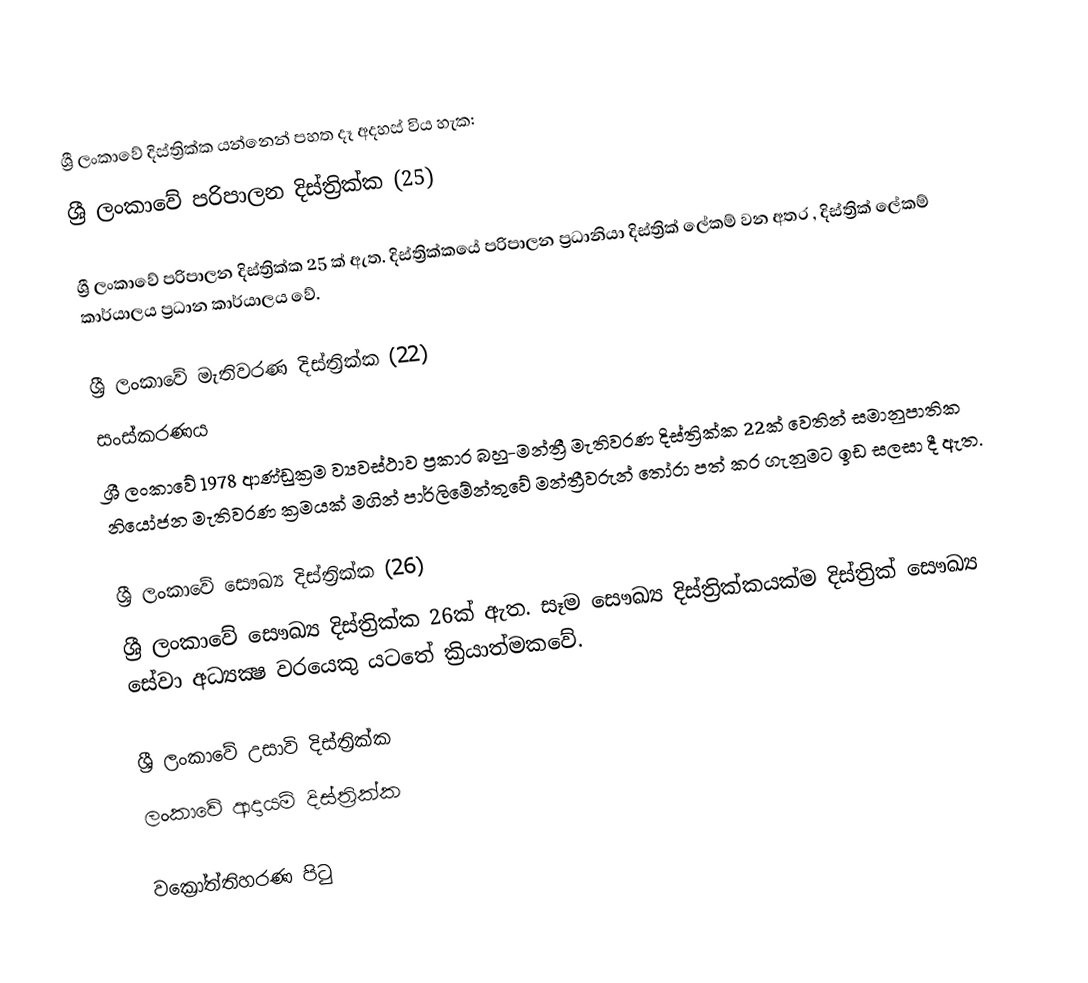
ශ්‍රී ලංකාවේ දිස්ත්‍රික්ක යන්නෙන් පහත දෑ අදහස් විය හැක:
 ශ්‍රී ලංකාවේ පරිපාලන දිස්ත්‍රික්ක (25)

ශ්‍රී ලංකාවේ පරිපාලන දිස්ත්‍රික්ක 25 ක් ඇත. දිස්ත්‍රික්කයේ පරිපාලන ප්‍රධානියා දිස්ත්‍රික් ලේකම් වන අතර , දිස්ත්‍රික් ලේකම් කාර්යාලය ප්‍රධාන කාර්යාලය වේ.

 ශ්‍රී ලංකාවේ මැතිවරණ දිස්ත්‍රික්ක (22)
සංස්කරණය
ශ්‍රී ලංකාවේ 1978 ආණ්ඩුක්‍රම ව්‍යවස්ථාව ප්‍රකාර බහු-මන්ත්‍රී මැතිවරණ දිස්ත්‍රික්ක 22ක් වෙතින් සමානුපාතික නියෝජන මැතිවරණ ක්‍රමයක් මගින් පාර්ලිමේන්තුවේ මන්ත්‍රීවරුන් තෝරා පත් කර ගැනුමට ඉඩ සලසා දී ඇත.

 ශ්‍රී ලංකාවේ සෞඛ්‍ය දිස්ත්‍රික්ක (26)
ශ්‍රී ලංකාවේ සෞඛ්‍ය දිස්ත්‍රික්ක 26ක් ඇත. සෑම සෞඛ්‍ය දිස්ත්‍රික්කයක්ම දිස්ත්‍රික් සෞඛ්‍ය සේවා අධ්‍යක්‍ෂ වරයෙකු යටතේ ක්‍රියාත්මකවේ.

 ශ්‍රී ලංකාවේ උසාවි දිස්ත්‍රික්ක
 ලංකාවේ ආදායම් දිස්ත්‍රික්ක

වක්‍රෝත්තිහරණ පිටු